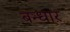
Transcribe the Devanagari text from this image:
बन्धार